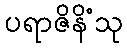
ပရာဇိနိံသု